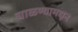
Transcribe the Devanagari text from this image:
चाळण्यामधून